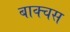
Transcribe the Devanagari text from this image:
बाक्चस